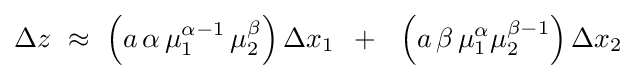
\Delta z\,\,\approx \,\,\left({a\,\alpha \,\mu _{1}^{\alpha -1}\,\mu _{2}^{\beta }}\right)\Delta x_{1}\,\,\,+\,\,\,\,\left({a\,\beta \,\mu _{1}^{\alpha }\mu _{2}^{\beta -1}}\right)\Delta x_{2}